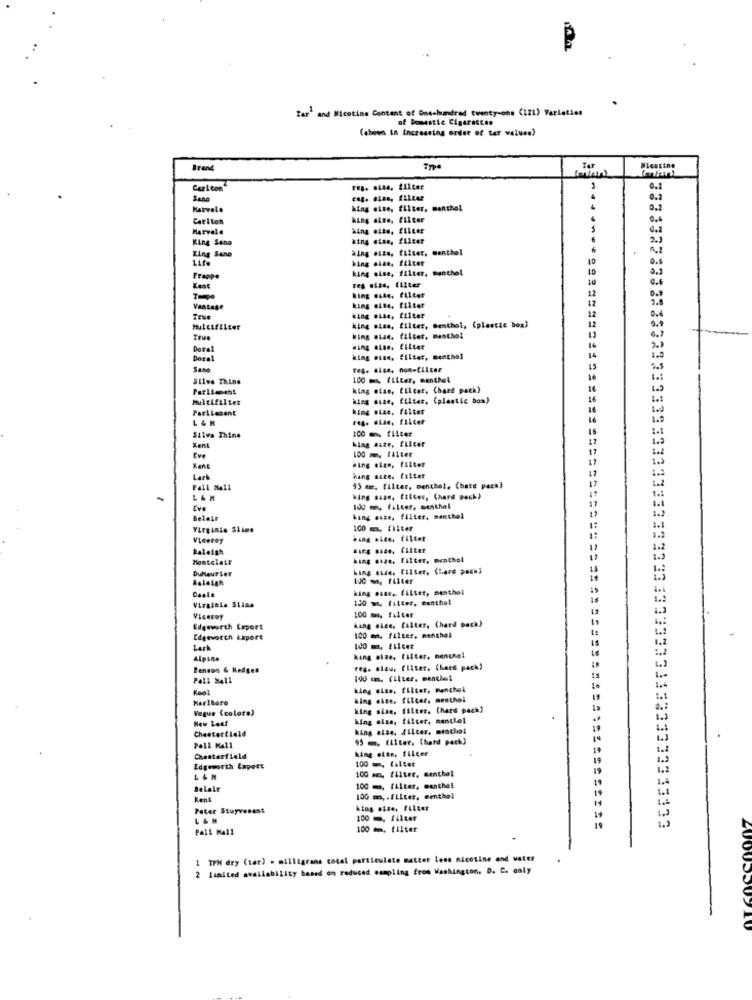
Tar' and Nicotine Content of One-hundred twenty-one (1Z1) Varieties
of Domestic Cigaraccen
(shown in Increasing order of tar values)
Brand
Nicotine
Carl con
reg. . Las, filter
0.1
Sano
0.2
Karvele
hing oite, filter, menthol
0.2
Carlton
0,4
Harvale
king eite, filter
0.2
King Sano
king else, filter
2.3
King Sano
king size, filter, menthol
1.2
Life
hing olat. filter
0.5
king oise, filter, menthol
9.3
Frappe
10
res size, filter
12
0.9
King 6446, Filter
12
Vantage
king eite. filter
12
king .Lae, filter
12
Multifilter
king size, filter, menthol, (plastic box)
True
king siae. filter, menthol
Dere
Hing else, filter
14
Doral
king size, filter, menthol
14
Sano
15
Silva Thine
100 ELLer, menthel
16
king ofae, filter, Chard pack)
king size, filter, (plastic bom)
Partiesent
hing wine, filter
L & K
reg. eLae, filter
16
100 , filter
1.6
Silva Thine
king size, filter
100 - 111:4
Eve
Kent
king size, filter
12
Lark
king size. filter
Fall M411
15 ME. filter, menthol, Chard pack)
king size, filter, Chard pack)
100 m, fatter, menthal
Belate
king size, filter, menthol
Virginia Siamo
100 m. Chitet
Viceroy
hang .Lze, Viltet
Raleigh
King size, filter
Montelair
king size, filter, menthol
DuhaurLer
king size. EIlter, (hard pech)
Asleigh
king mase, filter, menthel
Visaiets SLins
120 m filter, centhol
100 mm, faiter
Viceroy
hang size. falter, (hard pack)
Edgeworth Export
Edgevorth Laport
100 mm, filter, menthol
Lark
100 m, filter
Alpine
king size, filter, nenche!
Benson & Hedges
reg. elzu, filter, Chard pack)
Pall 8411
Keel
king size, filter, menchel
Maribare
king size, filcer. menthol
Vogue (coloca)
king size, filter. (hard pack)
king size, filter, nentlel
Chesterfield
king atse, filter, menche!
95 mm, filter. (herd pack)
king size. filter
Chesterfield
100 - fallet
Edgeworth Expert
100 mm filter, menthol
L&H
Belalr
100 m, filter, menthel
Kent
100 m, . filter, menthol
Peter Stuyvesant
king size, Filter
L & H
100 m. filter
Pall Mall
100 mm, filter
200
IPN dry (tar) - milligrans cocal particulate matter lees nicotine and water
2 limited availability based on reduced sampling from Washington, D. C. only